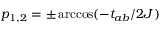
p _ { 1 , 2 } = \pm \operatorname { a r c c o s } ( - t _ { a b } / 2 J )